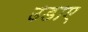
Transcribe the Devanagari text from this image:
उडाए